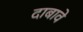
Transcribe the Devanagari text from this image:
दाबावे